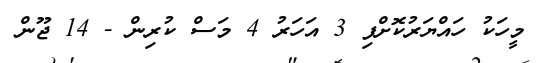
މީހަކު ހައްޔަރުކޮށްފި 3 އަހަރު 4 މަސް ކުރިން - 14 ޖޫން